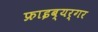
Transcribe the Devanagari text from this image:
फ्राइब्यर्गर